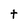
Character: t